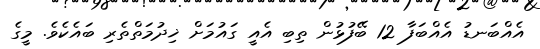
އެއްބަނޑު އެއްބަފާ 12 ބޭފުޅުން ތިބި އެއީ ގައުމަށް ޚިދުމަތްތެރި ބައެކެވެ. މީގެ